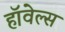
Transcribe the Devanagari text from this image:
हॉवेल्स